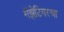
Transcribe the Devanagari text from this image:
गॅझेटियरचा